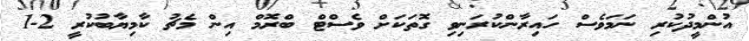
އުންމީދުކުރި ނަމަވެސް ހައިރާންކުރަނިވި ގޮތަކަށް ވެސްޓް ބްރޮމް އިން މެޗު ކާމިޔާބުކުރީ 2-1